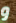
و